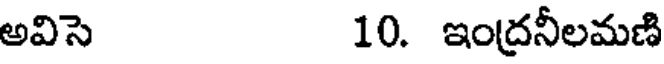
అవిసె 10. ఇంద్రనీలమణి